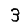
Digit: 3